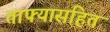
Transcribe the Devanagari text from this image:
ताफ्यासहित